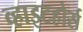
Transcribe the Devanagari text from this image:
व्हाइटहोर्स